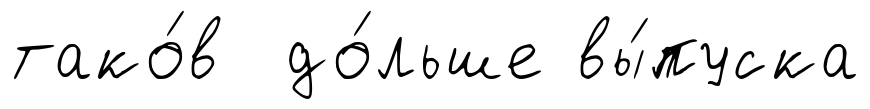
тако́в до́льше вы́пуска